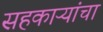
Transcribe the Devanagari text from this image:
सहकाऱ्यांचा